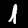
Label: 1